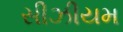
સીઝીયમ